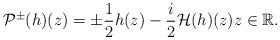
LaTeX: \begin{align*}\mathcal{P}^{\pm}(h)(z)=\pm \frac{1}{2} h(z)-\frac{i}{2} \mathcal{H}(h)(z) z \in \mathbb{R}.\end{align*}